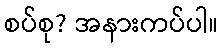
စပ်စု? အနားကပ်ပါ။